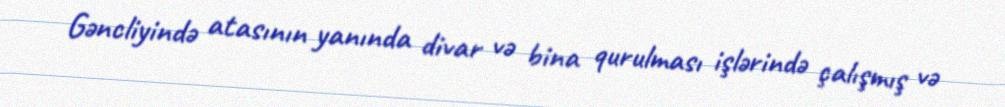
Gəncliyində atasının yanında divar və bina qurulması işlərində çalışmış və